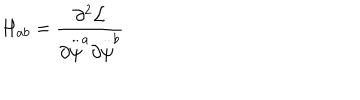
H _ { a b } = \frac { \partial ^ { 2 } { \cal L } } { \partial \stackrel { . . } { \psi } ^ { a } \partial \stackrel { . . } { \psi } ^ { b } }